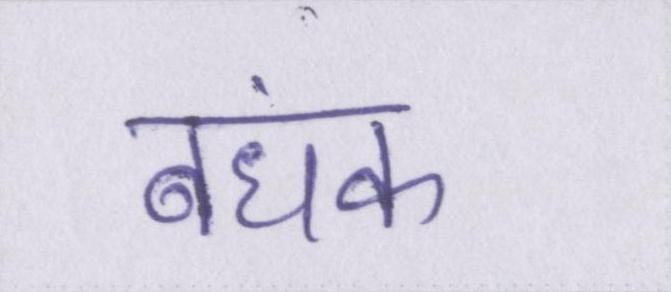
बंधक